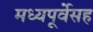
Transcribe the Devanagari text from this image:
मध्यपूर्वेसह